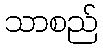
သာစည်